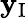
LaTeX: \mathbf{y}_{\mathrm{{I}}}